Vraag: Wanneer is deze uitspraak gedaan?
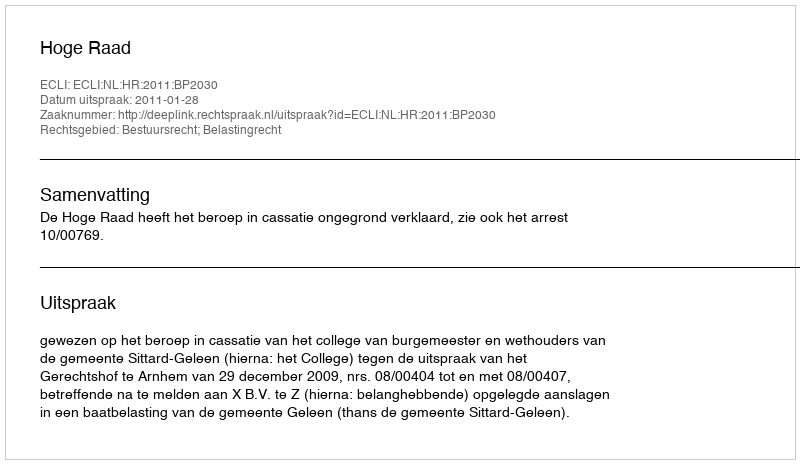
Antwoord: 2011-01-28